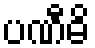
ပဏီဓိ